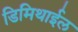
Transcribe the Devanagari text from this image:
डिमिथाईल